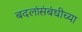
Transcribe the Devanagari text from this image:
बदलांसंबंधीच्या